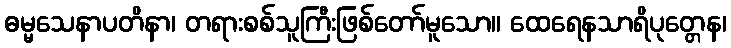
ဓမ္မသေနာပတိနာ၊ တရားစစ်သူကြီးဖြစ်တော်မူသော။ ထေရေနသာရိပုတ္တေန၊